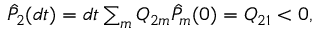
\begin{array} { r } { \hat { P } _ { 2 } ( d t ) = d t \sum _ { m } Q _ { 2 m } \hat { P } _ { m } ( 0 ) = Q _ { 2 1 } < 0 , } \end{array}